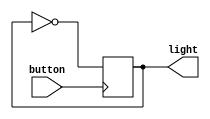
/* Generated by Yosys 0.16+41 (git sha1 29c0a5958, clang 11.0.1-2 -fPIC -Os) */

(* top =  1  *)
(* src = "tests/toggle.v:1.1-8.10" *)
module toggle(button, light);
  (* src = "tests/toggle.v:5.2-7.5" *)
  wire _0_;
  (* src = "tests/toggle.v:2.9-2.15" *)
  input button;
  wire button;
  (* src = "tests/toggle.v:3.10-3.15" *)
  output light;
  reg light;
  assign _0_ = ~ (* src = "tests/toggle.v:6.12-6.18" *) light;
  (* src = "tests/toggle.v:5.2-7.5" *)
  always @(posedge button)
    light <= _0_;
endmodule